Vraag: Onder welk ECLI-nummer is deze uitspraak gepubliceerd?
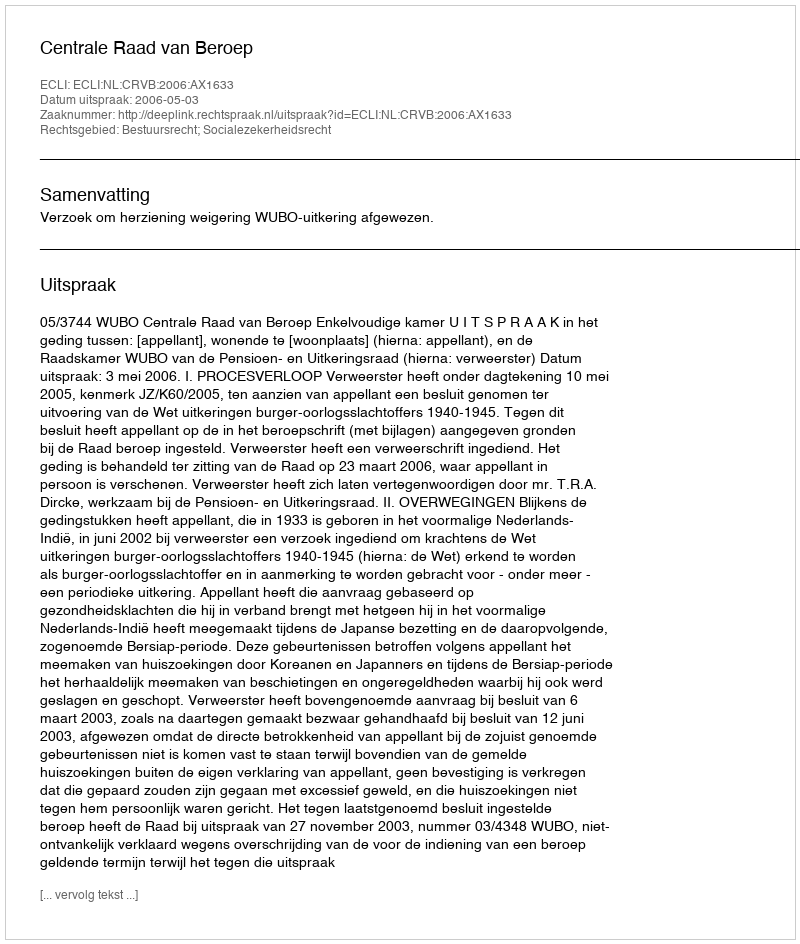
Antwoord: ECLI:NL:CRVB:2006:AX1633